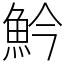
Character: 䰼